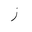
Letter: _zay